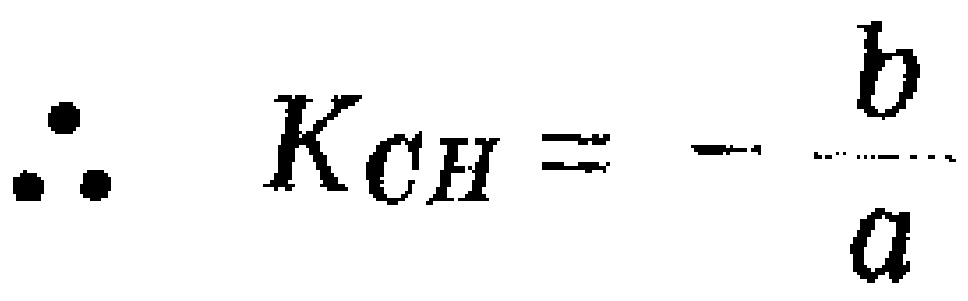
\(\therefore K_{CH}=-\frac{b}{a}\)